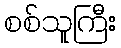
စစ်သူကြီး